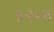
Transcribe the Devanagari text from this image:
३२॰४